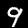
Label: 9